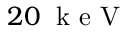
2 0 \; \mathrm { ~ k ~ e ~ V ~ }